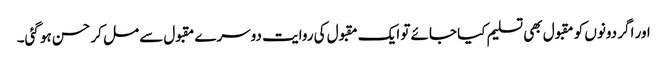
اور اگر دونوں کو مقبول بھی تسلیم کیا جائے تو ایک مقبول کی روایت دوسرے مقبول سے مل کر حسن ہو گئی۔